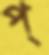
প্